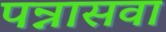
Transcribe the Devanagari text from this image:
पन्नासवा